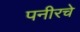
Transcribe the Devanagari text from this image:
पनीरचे